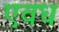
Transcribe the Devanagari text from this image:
एवध